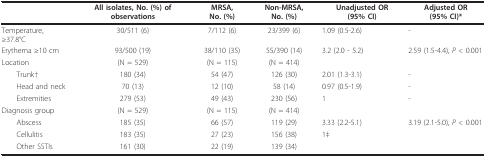
<table><thead><tr><td></td><td><b>All isolates, No. (%) of observations</b></td><td><b>MRSA, No. (%)</b></td><td><b>Non-MRSA, No. (%)</b></td><td><b>Unadjusted OR (95% CI)</b></td><td><b>Adjusted OR (95% CI)*</b></td></tr></thead><tbody><tr><td>Temperature, ≥37.8°C</td><td>30/511 (6)</td><td>7/112 (6)</td><td>23/399 (6)</td><td>1.09 (0.5-2.6)</td><td>-</td></tr><tr><td>Erythema ≥10 cm</td><td>93/500 (19)</td><td>38/110 (35)</td><td>55/390 (14)</td><td>3.2 (2.0 - 5.2)</td><td>2.59 (1.5-4.4), <i>P </i>&lt; 0.001</td></tr><tr><td>Location</td><td>(N = 529)</td><td>(N = 115)</td><td>(N = 414)</td><td></td><td></td></tr><tr><td> Trunk†</td><td>180 (34)</td><td>54 (47)</td><td>126 (30)</td><td>2.01 (1.3-3.1)</td><td>-</td></tr><tr><td> Head and neck</td><td>70 (13)</td><td>12 (10)</td><td>58 (14)</td><td>0.97 (0.5-1.9)</td><td>-</td></tr><tr><td> Extremities</td><td>279 (53)</td><td>49 (43)</td><td>230 (56)</td><td>1</td><td>-</td></tr><tr><td>Diagnosis group</td><td>(N = 529)</td><td>(N = 115)</td><td>(N = 414)</td><td></td><td></td></tr><tr><td> Abscess</td><td>185 (35)</td><td>66 (57)</td><td>119 (29)</td><td>3.33 (2.2-5.1)</td><td>3.19 (2.1-5.0), <i>P </i>&lt; 0.001</td></tr><tr><td> Cellulitis</td><td>183 (35)</td><td>27 (23)</td><td>156 (38)</td><td>1‡</td><td></td></tr><tr><td> Other SSTIs</td><td>161 (30)</td><td>22 (19)</td><td>139 (34)</td><td></td><td></td></tr></tbody></table>